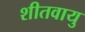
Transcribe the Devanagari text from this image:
शीतवायु